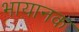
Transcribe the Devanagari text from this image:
भायानक